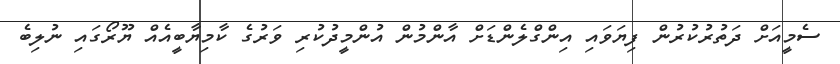
ސެމީއަށް ދަތުރުކުރުން ފިޔަވައި އިންގްލެންޑަށް އާންމުން އުންމީދުކުރި ވަރުގެ ކާމިޔާބީއެއް ޔޫރޯގައި ނުލިބެ